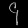
Digit: ၄